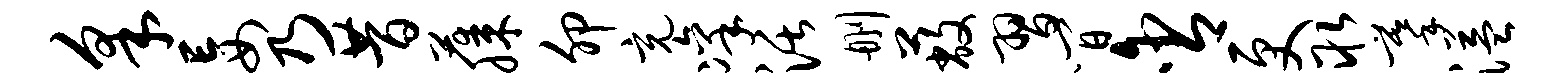
采妄乃昔藤卯充凛活删蔽习间含更取摹溢